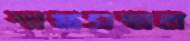
শাস্ত্রসম্মত